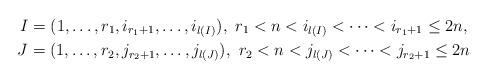
LaTeX: \begin{gather*}I=(1,\dots,r_1,i_{r_1+1},\dots,i_{l(I)}),\ r_1<n<i_{l(I)}<\dots <i_{r_1+1}\le 2n,\\J=(1,\dots,r_2,j_{r_2+1},\dots,j_{l(J)}),\ r_2<n<j_{l(J)}<\dots <j_{r_2+1}\le 2n\end{gather*}